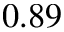
0 . 8 9